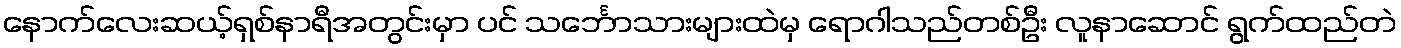
နောက်လေးဆယ့်ရှစ်နာရီအတွင်းမှာ ပင် သင်္ဘောသားများထဲမှ ရောဂါသည်တစ်ဦး လူနာဆောင် ရွက်ထည်တဲ